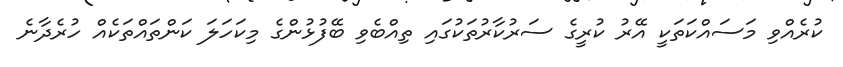
ކުރެއްވި މަސައްކަތަކީ އޭރު ކުރީގެ ސަރުކާރުތަކުގައި ތިއްބެވި ބޭފުޅުންގެ މިކަހަލަ ކަންތައްތަކެއް ހުރެދާނެ